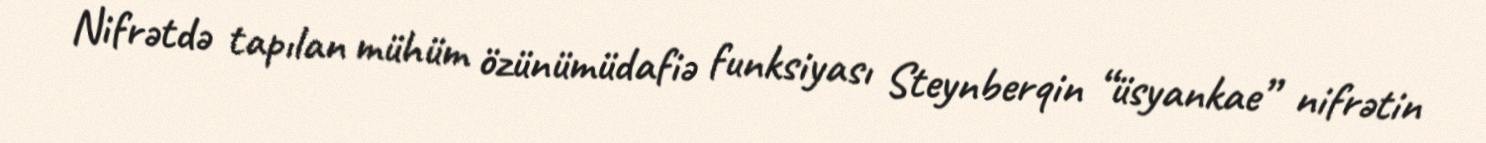
Nifrətdə tapılan mühüm özünümüdafiə funksiyası Steynberqin “üsyankae” nifrətin